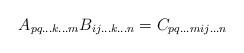
LaTeX: \begin{align*}A_{pq\ldots k\ldots m}B_{ij\ldots k\ldots n}=C_{pq\ldots mij\ldots n}\end{align*}